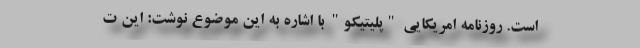
است. روزنامه امریکایی "پلیتیکو" با اشاره به این موضوع نوشت: این ت